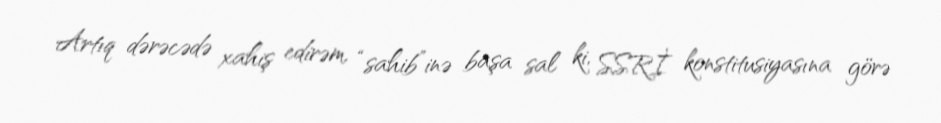
Artıq dərəcədə xahiş edirəm, “sahib”inə başa sal ki, SSRİ konstitusiyasına görə